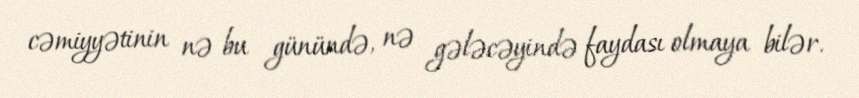
cəmiyyətinin nə bu günündə, nə gələcəyində faydası olmaya bilər.